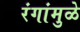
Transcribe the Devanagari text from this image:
रंगांमुळे